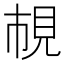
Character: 𧠎